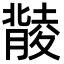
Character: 𦡟